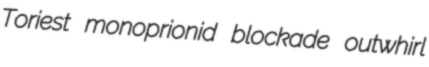
Toriest monoprionid blockade outwhirl